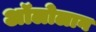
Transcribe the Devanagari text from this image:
अॉलोलान